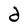
Character: d